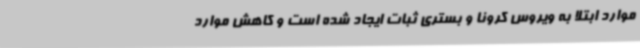
موارد ابتلا به ویروس کرونا و بستری ثبات ایجاد شده است و کاهش موارد